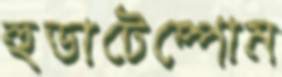
হুডাটেম্পোম